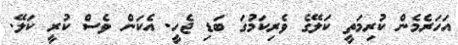
އަހަރެމެން ކުރިމަތީ ކަލޭގެ ވެރިކަމުގަ ބަޑި ޖެހީ. އެކަން ވެސް ކުރީ ކަލޭ.